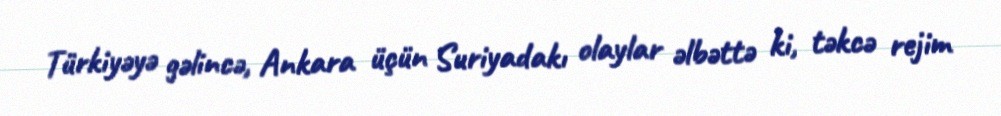
Türkiyəyə gəlincə, Ankara üçün Suriyadakı olaylar əlbəttə ki, təkcə rejim